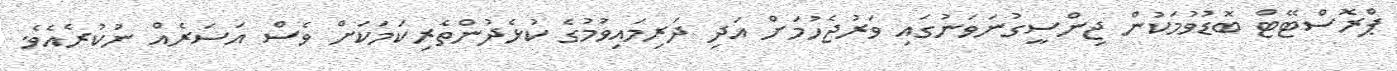
ޕްރޮސްޓޭޓް ބޮޑުވުމަކުން ޖިންސީގުނަވަނުގައި ވަރުޖެހުމަށް އަދި ދަރިމައިވުމުގެ ކުޅެދުންތެރިކަމަކަށް ވެސް އަސަރެއް ނުކުރެއެވެ.